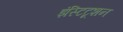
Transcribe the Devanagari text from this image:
इंस्टिटूशन